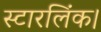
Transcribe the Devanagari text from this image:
स्टारलिंक।